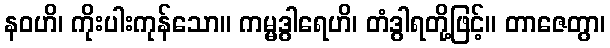
နဝဟိ၊ ကိုးပါးကုန်သော။ ကမ္မဒွါရေဟိ၊ တံဒွါရတို့ဖြင့်။ တာဇေတွာ၊